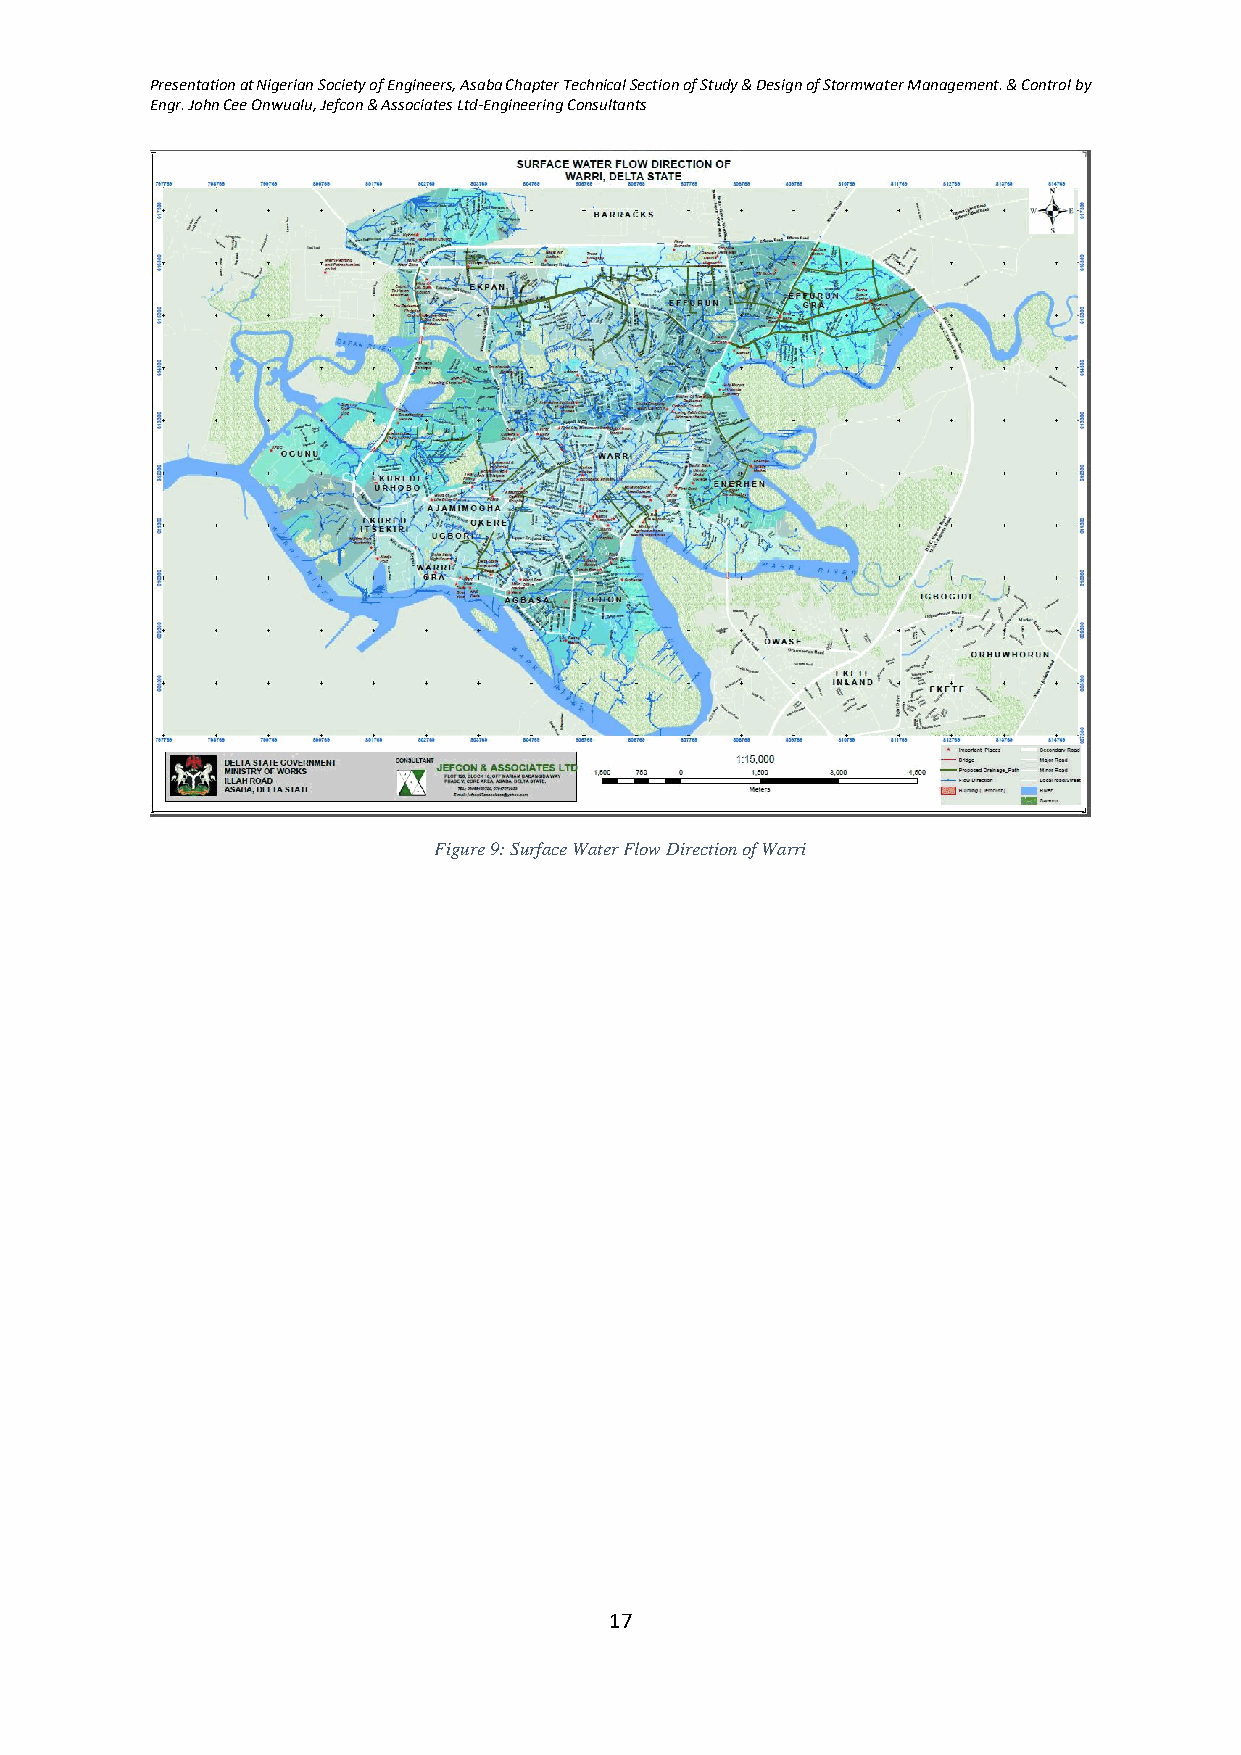
Presentation at Nigerian Society of Engineers, Asaba Chapter Technical Section of Study & Design of Stormwater Management. & Control by
 Engr. John Cee Onwualu, Jefcon & Associates Ltd-Engineering Consultants
 Figure 9: Surface Water Flow Direction of Warri
 17